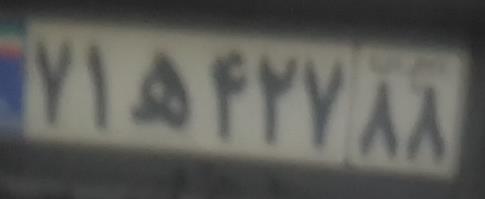
۷۱ه۴۲۷۸۸